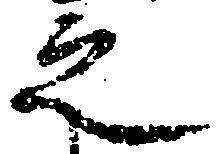
之